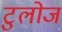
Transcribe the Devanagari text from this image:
टुलोज